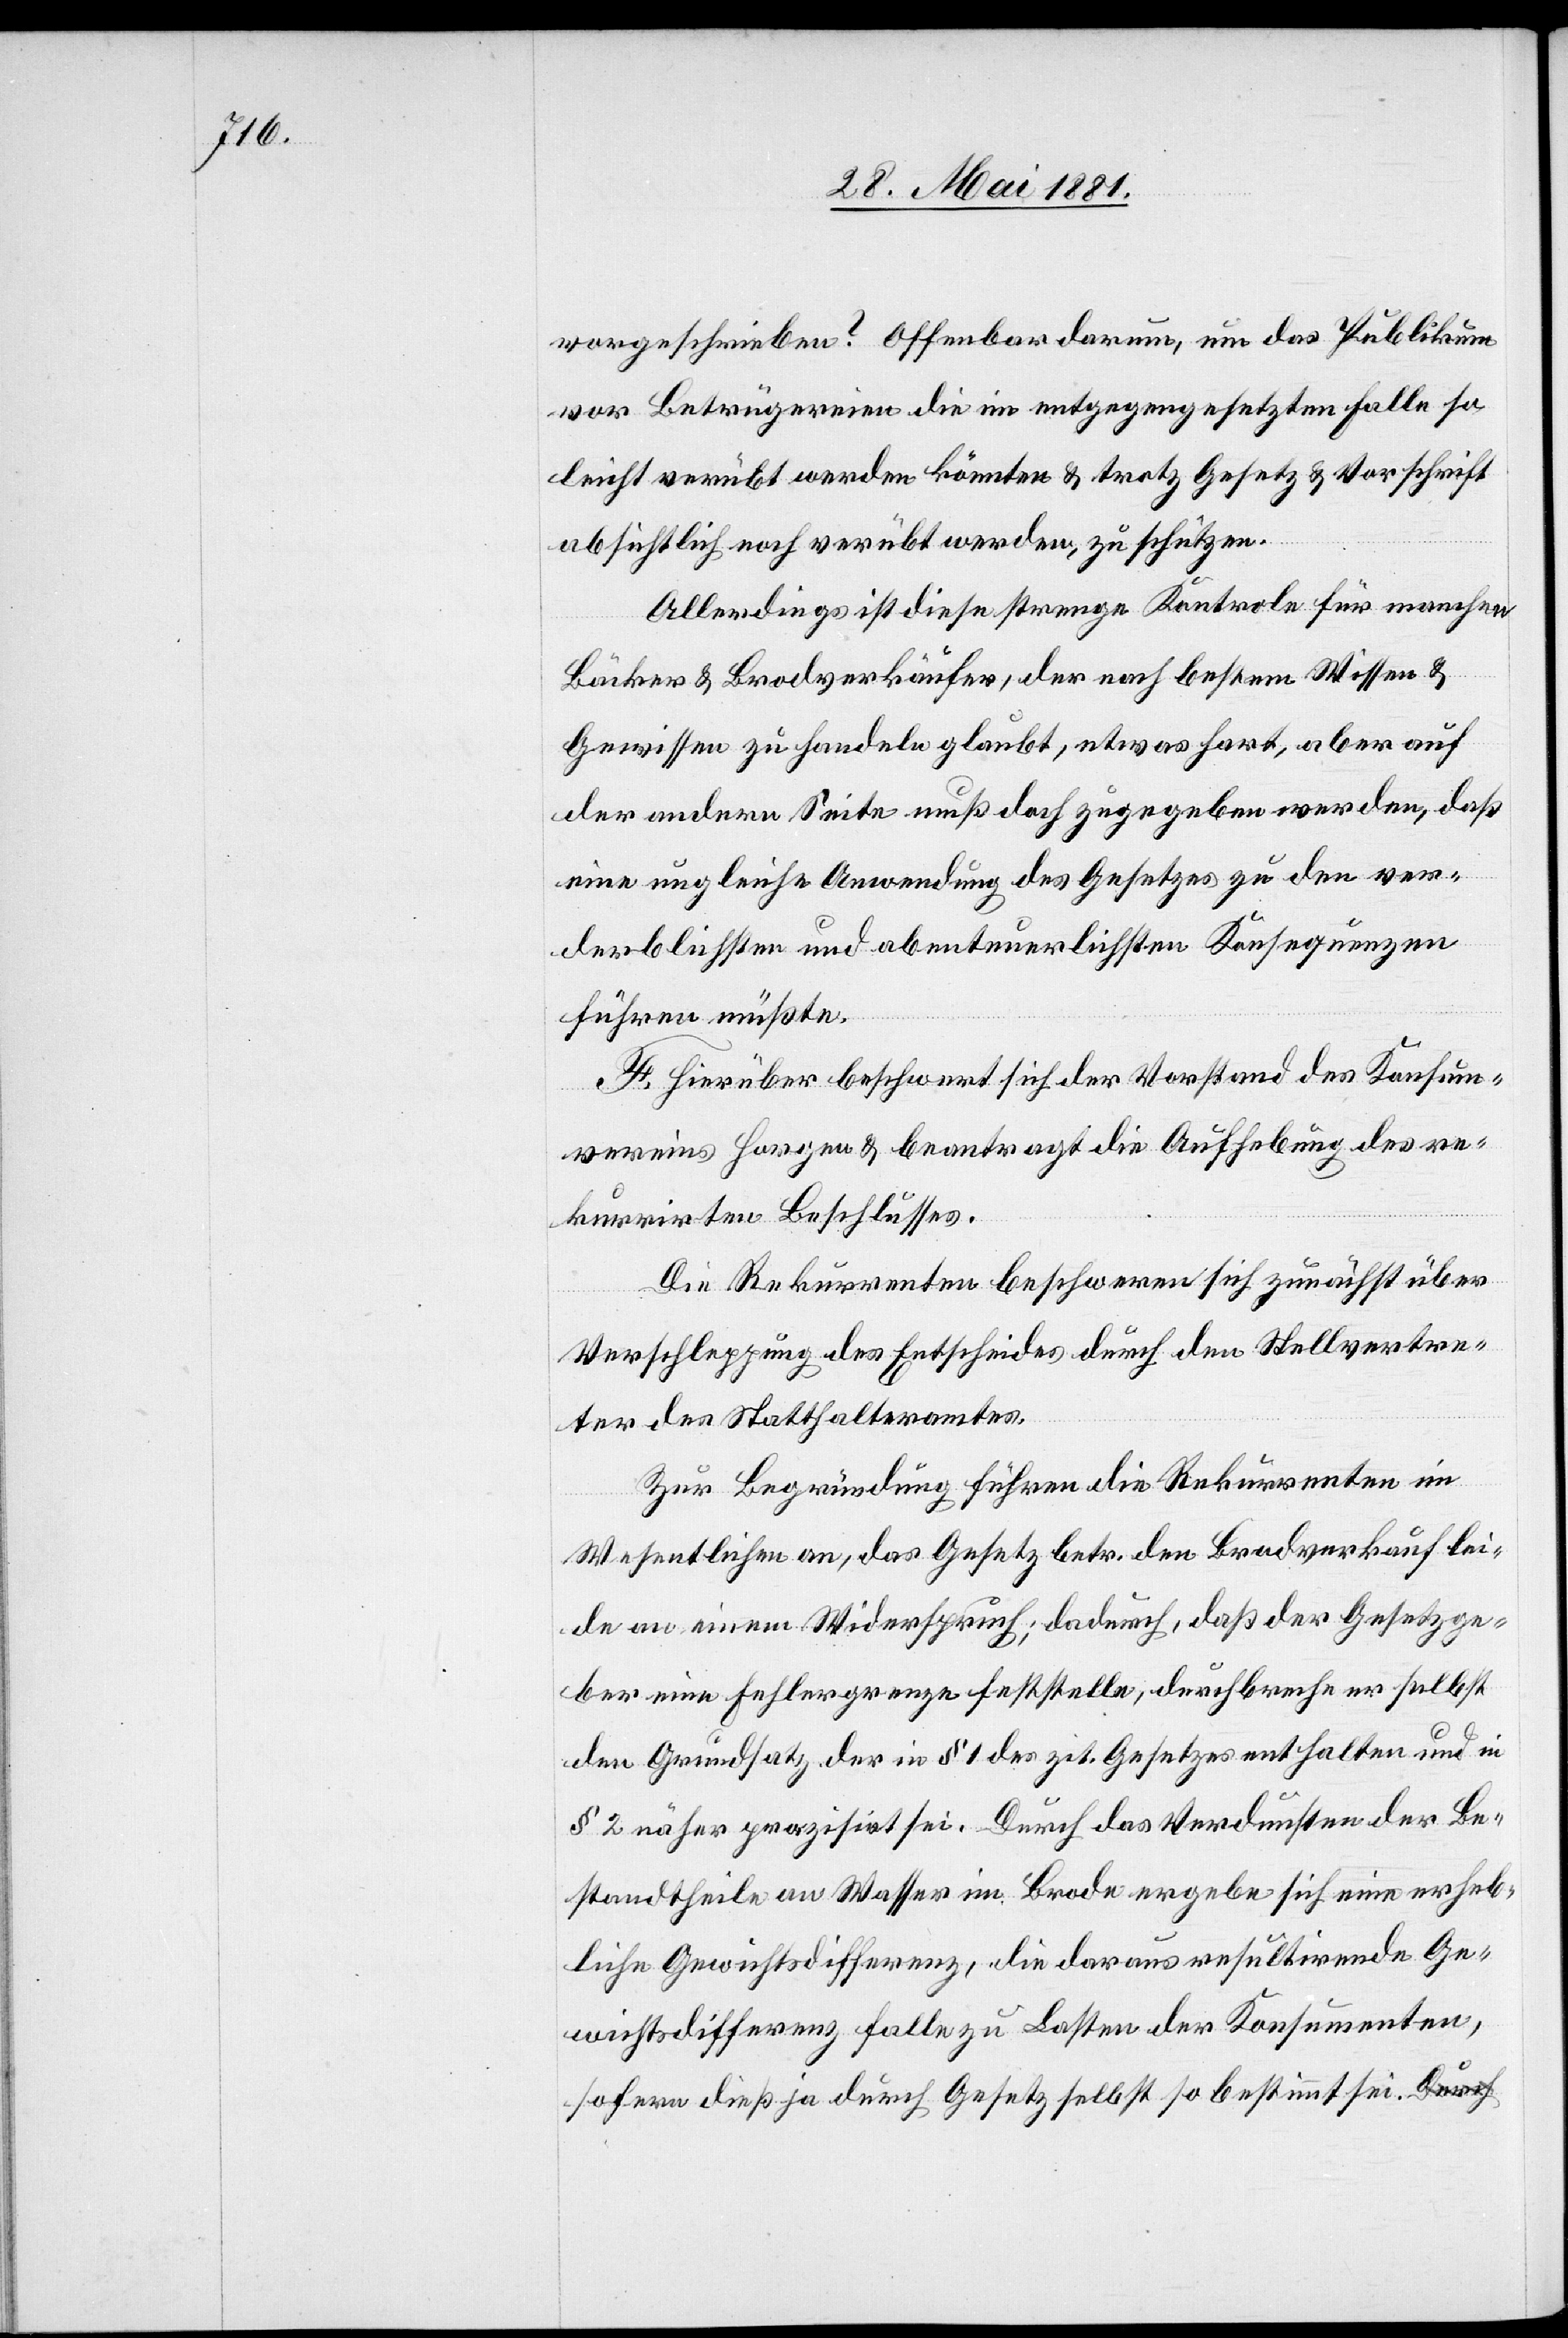
vorgeschrieben? Offenbar darum, um das Publikum
vor Betrügereien die im entgegengesetzten Falle so
leicht verübt werden könnten & trotz Gesetz & Vorschrift
absichtlich noch verübt werden, zu schützen.
Allerdings ist diese strenge Kontrole für manchen
Bäcker & Brodverkäufer, der nach bestem Wissen &
Gewissen zu handeln glaubt, etwas hart, aber auf
der andern Seite muß doch zugegeben werden, daß
eine ungleiche Anwendung des Gesetzes zu den ver¬
derblichsten und abenteuerlichsten Konsequenzen
führen müßte.
E. Hierüber beschwert sich der Vorstand des Konsum¬
vereins Horgen & beantragt die Aufhebung des re¬
kurrirten Beschlusses.
Die Rekurrenten beschweren sich zunächst über
Verschleppung des Entscheides durch den Stellvertre¬
ter des Statthalteramtes.
Zur Begründung führen die Rekurrenten im
Wesentlichen an, das Gesetz über den Brodverkauf lei¬
de an einem Widerspruch; dadurch, daß der Gesetzge¬
ber eine Fehlergrenze feststelle, durchbreche er selbst
den Grundsatz der in § 1 des zit. Gesetzes enthalten und in
§ 2 näher prazisirt [sic!] sei. Durch das Verdunsten der Be¬
standtheile an Wasser im Brode ergebe sich eine erheb¬
liche Gewichtsdifferenz, die daraus resultirende Ge¬
wichtsdifferenz falle zu Lasten der Konsumenten,
sofern dieß ja durch Gesetz selbst so bestimmt sei.